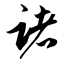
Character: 诸